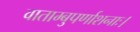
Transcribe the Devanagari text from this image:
वाताम्बुपर्णाशनाः।